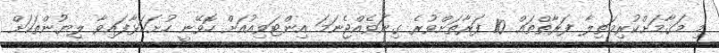
މި މަޤާމަށްކުރިމަތިލާ ފަރާތްތައް 10 ފަރާތަށްވުރެ ގިނަވެއްޖެނަމަ އިންޓަވިއުއަށް ހޮވޭނީ ހުށަހަޅާފައިވާ ލިޔުންތަކަށް